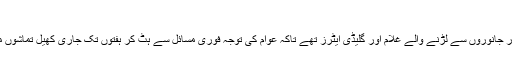
وسعت اللہ خان
رومی شہنشاہیت کے پاس کم از کم کولوسئیم کے ایرینا میں خونخوار جانوروں سے لڑنے والے غلام اور گلیڈی ایٹرز تھے تاکہ عوام کی توجہ فوری مسائل سے ہٹ کر ہفتوں تک جاری کھیل تماشوں میں لگی رہے، مگر ہمارے ہاں نہ تو کولوسئیم ہے، نہ گلیڈی ایٹرز۔